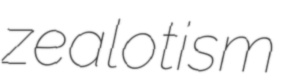
zealotism